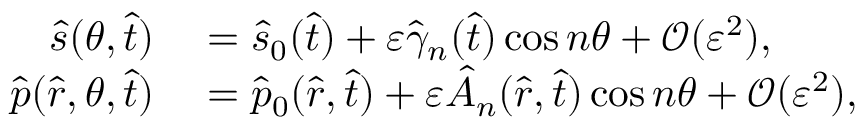
\begin{array} { r l } { \hat { s } ( \theta , \hat { t } ) } & { { } = \hat { s } _ { 0 } ( \hat { t } ) + \varepsilon \hat { \gamma } _ { n } ( \hat { t } ) \cos n \theta + \mathcal { O } ( \varepsilon ^ { 2 } ) , } \\ { \hat { p } ( \hat { r } , \theta , \hat { t } ) } & { { } = \hat { p } _ { 0 } ( \hat { r } , \hat { t } ) + \varepsilon \hat { A } _ { n } ( \hat { r } , \hat { t } ) \cos n \theta + \mathcal { O } ( \varepsilon ^ { 2 } ) , } \end{array}